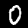
Digit: 0